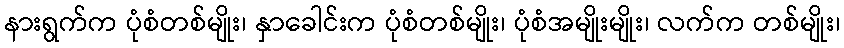
နားရွက်က ပုံစံတစ်မျိုး၊ နှာခေါင်းက ပုံစံတစ်မျိုး၊ ပုံစံအမျိုးမျိုး၊ လက်က တစ်မျိုး၊